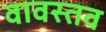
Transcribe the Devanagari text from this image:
वावस्तव